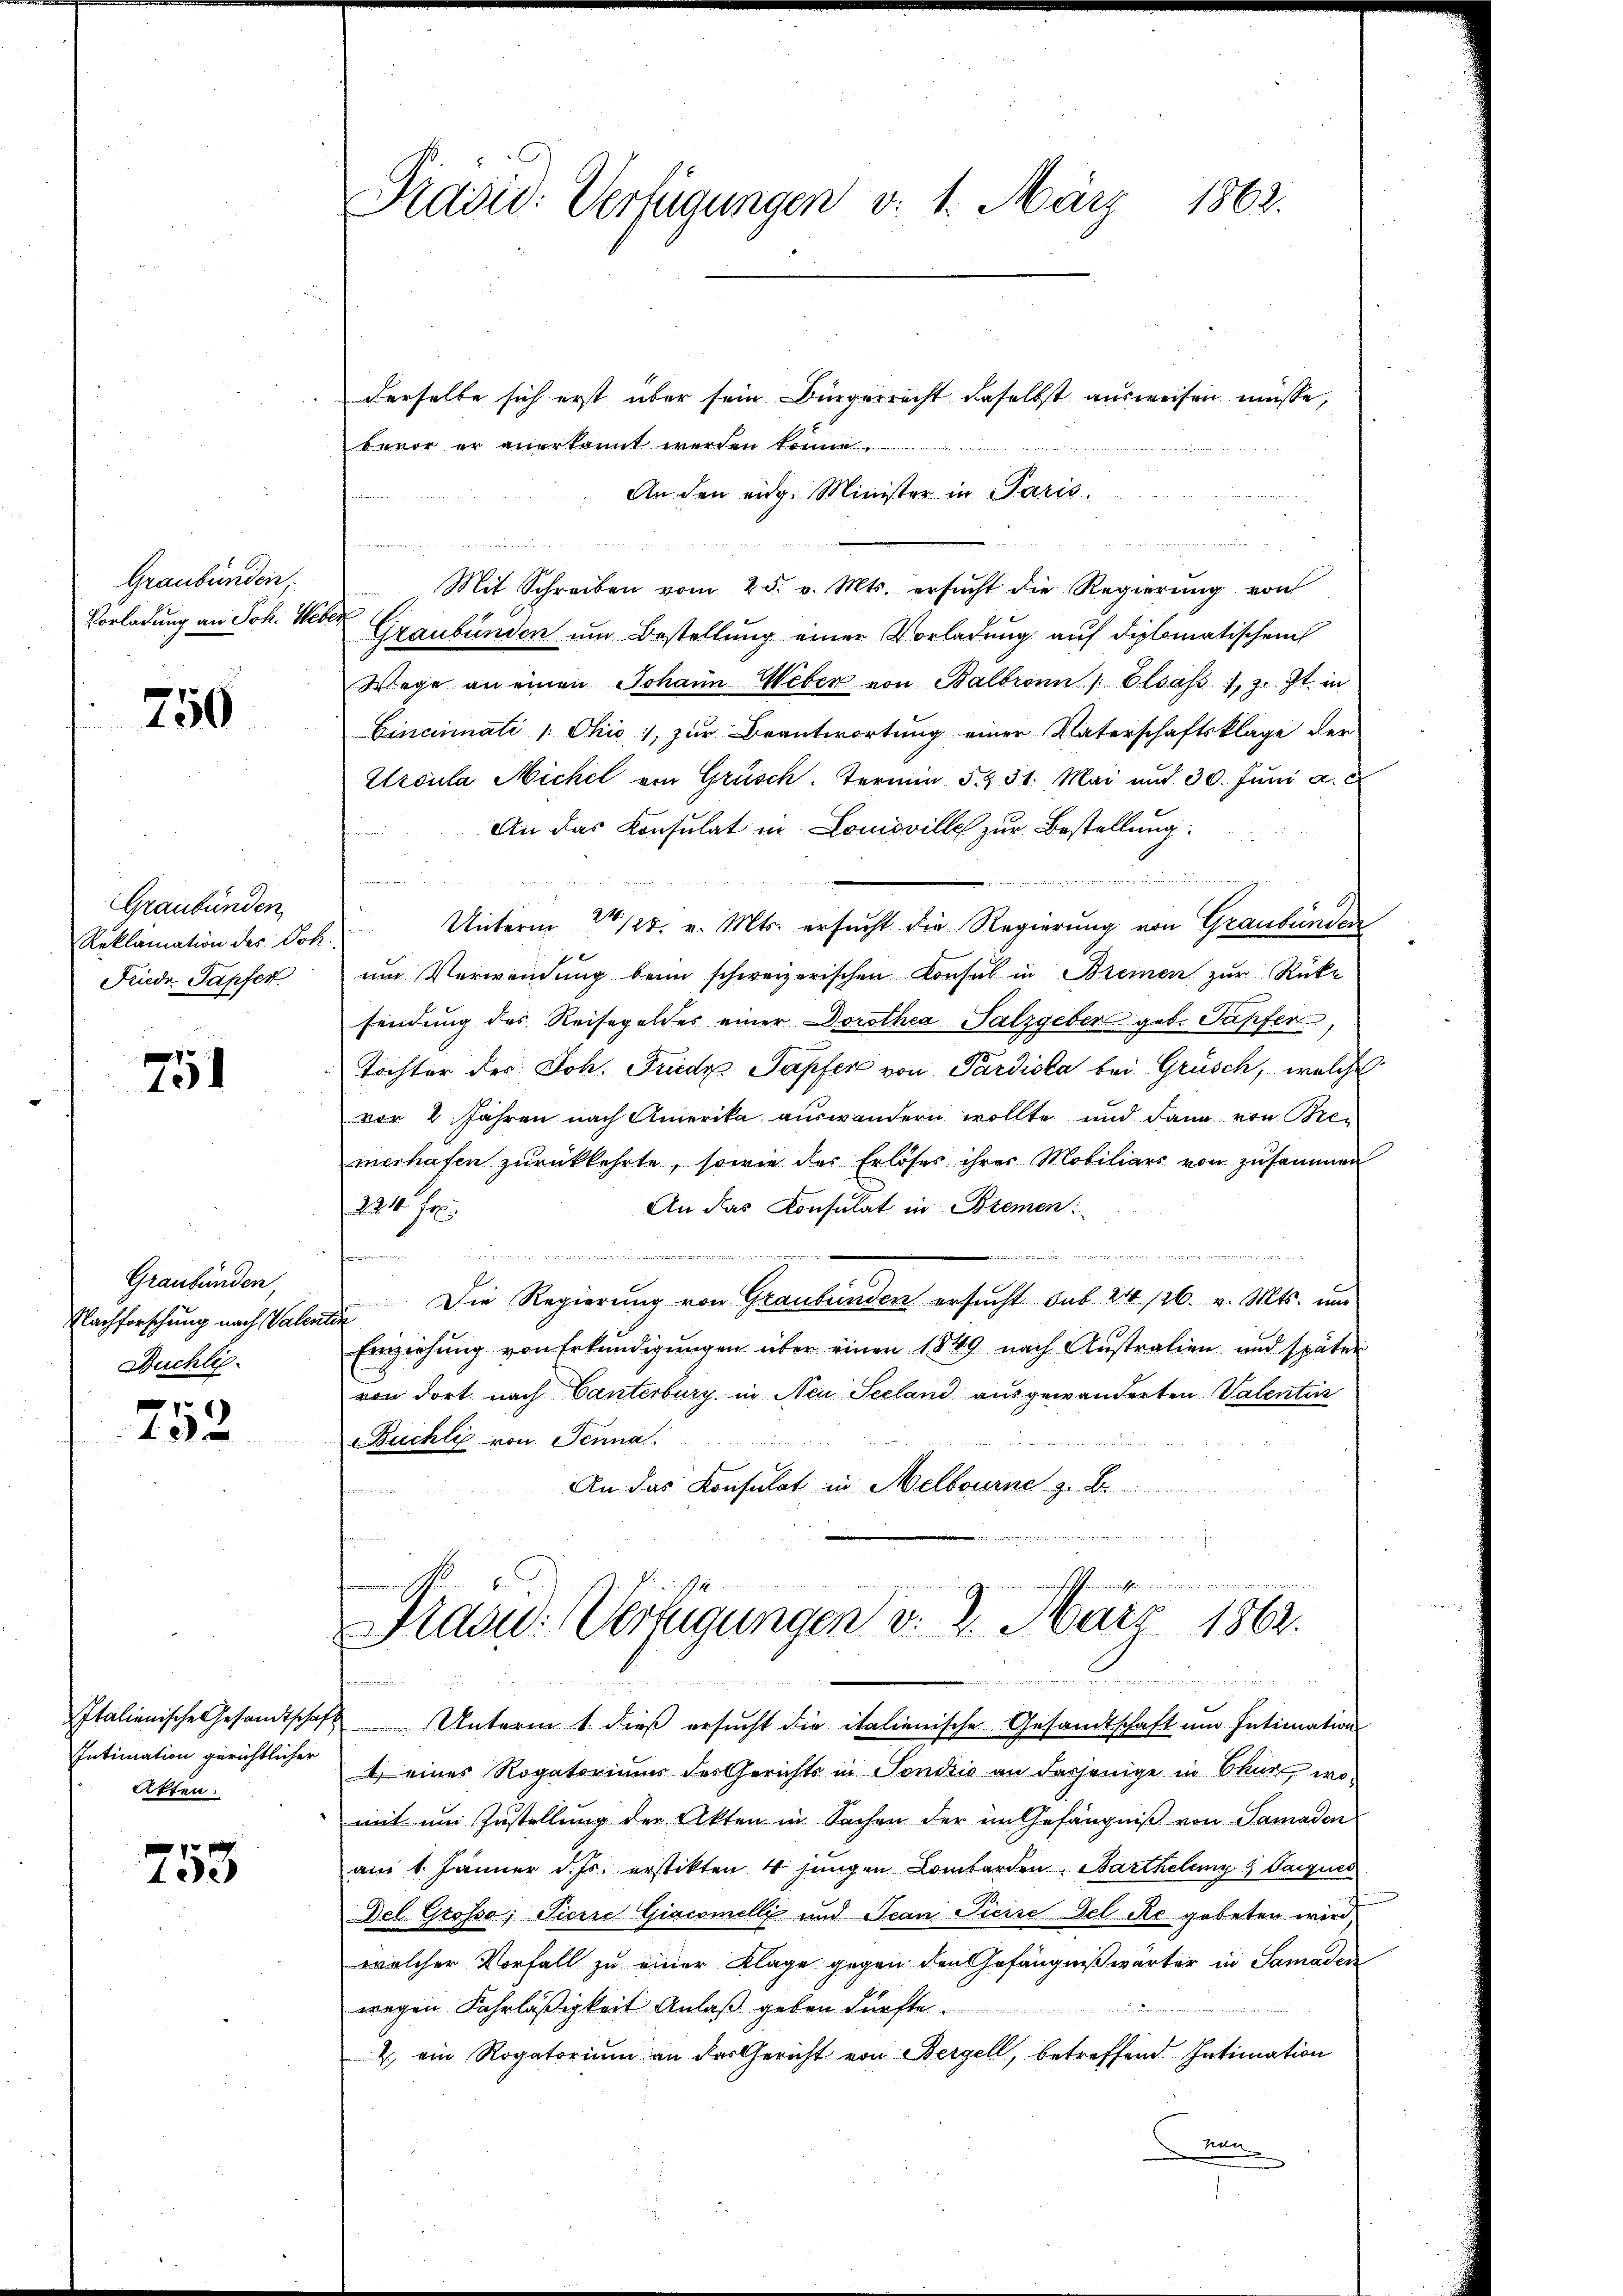
Graubünden,

750

Graubünden
Friede Tapfer

751

Graubünden,
Duchlic

752

Intimation gerichtlicher
Affen.

753

derselbe sich erst über sein Bürgerrecht daselbst ausweisen müsse,
bevor er anerkannt werden könne
An den eidg. Minister in Paris.
Mit Schreiben vom 25. v. Mts. ersŭcht die Regierŭng von
Vorladung an Joh. Herr Graubünden um Bestellung einer Vorladung auf diplomatischen
Wege an einen Johann Weber von Balbronn / Elsass, z. Zt. in
Cincinati /: Ohio 1, zur Beantwortung einer Vaterschaftsklage der
Ursula Nickel von Grüsch. Termin § § 31. Mai und 30. Jŭni a. c
An das Konsulat in Lomoville zur Bestellung.
d
Reklamation des Joh. Unterm 24. 125. v. Mts. ersŭcht die Regierung von Graubünden
um Verwendung beim schweizerischen Konsul in Breinen zur Rücke
findung des Reisegeldes einer Dorothea Salzgeber geb. Tapfer
Tochter der Joh. Friede Sapfer von Pardiska bei Grüsch, welches
vor 2 Jahren nach Amerika auswandern wollte und dann von Bren
merhasen zurückkehrte, sowie der Erlöses ihrer Mobiliars von zusammen
An das Konsulat in Bremen:
224. Fr
.
Nachforschung nach Valen Die Regierung von Graubünden ersucht sub. 24. 126. v. Mts. um
Einziehung von Erkundigungen über einen 1849 nach Australien und später
von dort nach Canterburg, in Neu Seeland ausgewanderten Valentin
Buchli von Jenna
An das Konsulat in Melbourne z. B.

u

Prašid: Verfügungen v. 1. März 1862.

Präsid: Verfügungen v. 2. März 1862.
2

Italienische Gesandtschaft Unterm 1. dieß ersucht die italienische Gesandtschaft um Intimation
1) eines Rogatoriums der Gerichts in Sondii an dasjenige in Chur, womit um Zustellung der Akten in Sachen der im Gefängniß von Samaden
am 1. Jänner d. Js. erstikten 4 jungen Lombarden, Bartheleng 9 Parques
Del Grosso; Pierre Giacomelli und Jean Pierse del Re gebeten wird
welcher Vorfall zu einer Klage gegen den Gefängnißwärter in Samadide
wegen Fahrläßigkeit Anlaß geben dürfte.
., ein Rogatorium an das Gericht von Bergell, betreffend. Intimation
von